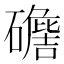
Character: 𥖷